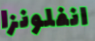
انفلونزا